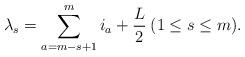
LaTeX: \begin{align*} \lambda _s = \sum_{a=m-s+1}^{m} i_a + \frac{L}{2} \medspace ( 1 \leq s \leq m ).\end{align*}